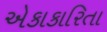
એકાકારિતા